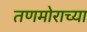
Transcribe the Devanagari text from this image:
तणमोराच्या